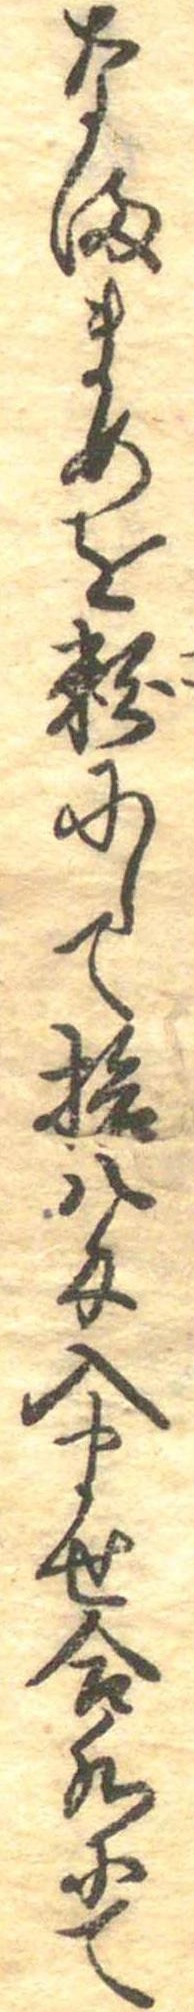
なままめを粉にして拾八匁入ませ合水にて